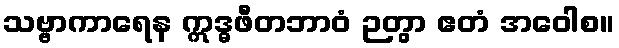
သဗ္ဗာကာရေန ဣဒ္ဓဖီတဘာဝံ ဉတွာ ဧတံ အဝေါစ။